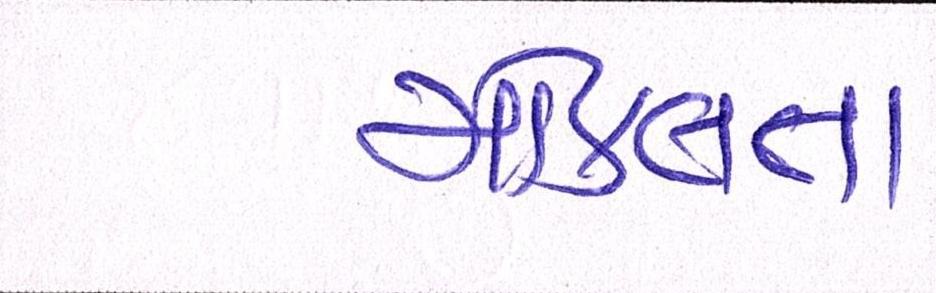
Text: મોકલતા